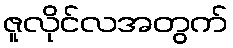
ဇူလိုင်လအတွက်